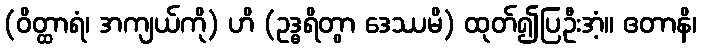
(ဝိတ္ထာရံ၊ အကျယ်ကို) ဟိ (ဥဒ္ဓရိတွာ ဒေဿမိ) ထုတ်၍ပြဦးအံ့။ ဧတာနိ၊